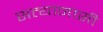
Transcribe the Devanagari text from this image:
सत्यानासी